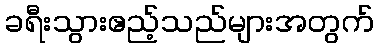
ခရီးသွားဧည့်သည်များအတွက်